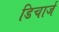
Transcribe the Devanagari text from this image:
डिचार्ज